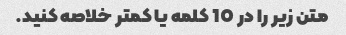
متن زیر را در 10 کلمه یا کمتر خلاصه کنید.